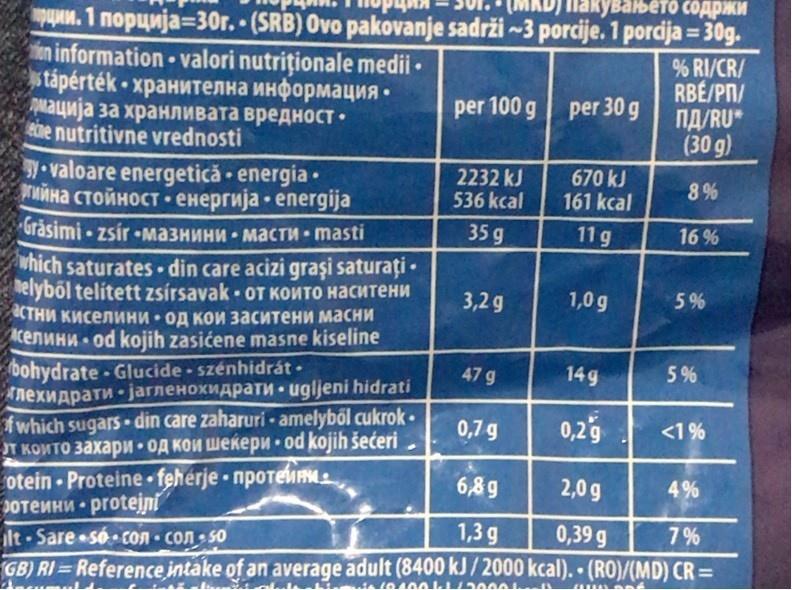
вањето содржИ
Pun. 1 nopunja=30r. (SRB) Ovo pakovanje sadrži ~3 porcije. 1 pordja = 30g. in information valori nutriționale medii • wtарertek - хранителна информация- Амација за хранливата вредност. Rne nutritivne vrednosti Sy valoare energetică energia • тийна стойност- енергија епergija
%3D
%3D
% RI/CR/ RBE/PП/ ПД/RU* (30 g)
per 100 g
per 30 g
2232 kJ 536 kcal
670 kJ 161 kcal
8%
"Grăsimi zsír MA3HMHH MaCTu - masti
35 g
11 g
16 %
which saturates din care acizi graşi saturați - elyből telített zsírsavak - OT KONTO HACHTEHN Стни киселини од кои заситени масни cenuH od kojih zasićene masne kiseline bohydrate-Glucide szénhidrát • Алехидрати јaгленохидрати ugljeni hidrati fwhich sugars din care zaharuri - amelyből cukrok • л които захари од кои шекери od kojih seceri otein Proteine feherje npoteMn отеини ргotejn lt -Sare só con con so GB) RI = Reference intake of an average adult (8400 kJ/ 2000 kcal). (RO)/(MD) CR =
3,2 g
1,0 g
5%
47 g
14 g
5%
0,7 g
0,25
<1%
6,8g
2,0 g
4%
1,3 g
0,39 g
7%
%3D
%3D